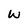
Character: w